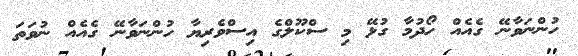
ހުންނަވާނޭ ގެއެއް ހޯދުމާ ގުޅޭ މި ސްކޫލްގެ އިސްވެރިޔާ ހުންނަވާނޭ ގެއެއް ނުވަތަ